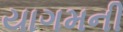
યાગમની